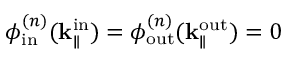
\phi _ { \mathrm { i n } } ^ { ( n ) } ( \mathbf { k } _ { \parallel } ^ { \mathrm { i n } } ) = \phi _ { \mathrm { o u t } } ^ { ( n ) } ( \mathbf { k } _ { \parallel } ^ { \mathrm { o u t } } ) = 0